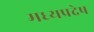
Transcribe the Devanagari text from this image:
मध्यप्रदेष